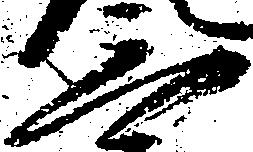
三